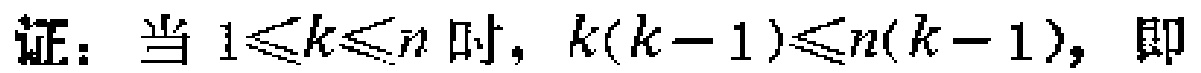
证：当 \(1\leqslant k\leqslant n\) 时，\(k(k - 1)\leqslant n(k - 1)\)，即